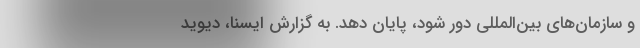
و سازمان‌های بین‌المللی دور شود، پایان دهد. به گزارش ایسنا، دیوید